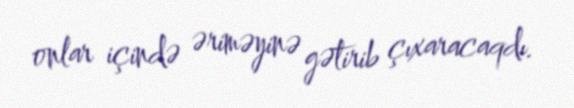
onlar içində əriməyinə gətirib çıxaracaqdı.